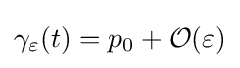
\gamma _{\varepsilon }(t)=p_{0}+{\mathcal {O}}(\varepsilon )